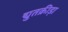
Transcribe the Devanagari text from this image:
द्युतक्रीड़ा